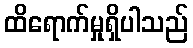
ထိရောက်မှုရှိပါသည်